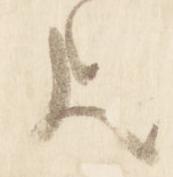
歟